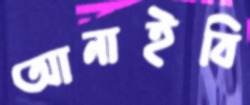
আনাইবি